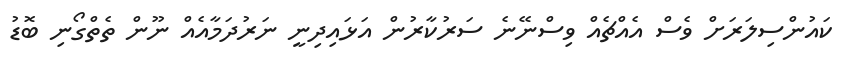
ކައުންސިލަރަށް ވެސް އެއްޗެއް ވިސްނޭނެ ސަރުކާރުން އަޅައިދިނީ ނަރުދަމާއެއް ނޫން ތެތްގޯނި ބޮޑު